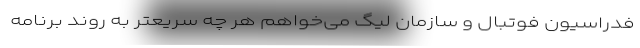
فدراسیون فوتبال و سازمان لیگ می‌خواهم هر چه سریعتر به روند برنامه